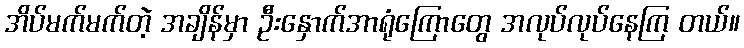
အိပ်မက်မက်တဲ့ အချိန်မှာ ဦးနှောက်အာရုံကြောတွေ အလုပ်လုပ်နေကြ တယ်။